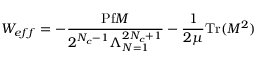
W _ { e f f } = - \frac { \mathrm { P f } M } { 2 ^ { N _ { c } - 1 } \Lambda _ { N = 1 } ^ { 2 N _ { c } + 1 } } - \frac { 1 } { 2 \mu } \mathrm { T r } ( M ^ { 2 } )